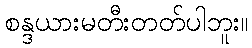
စန္ဒယားမတီးတတ်ပါဘူး။